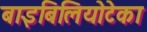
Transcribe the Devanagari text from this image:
बाइबिलियोटेका